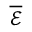
\overline { { \mathcal { E } } }